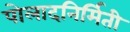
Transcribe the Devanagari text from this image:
पोलादनिर्मिती